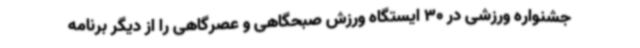
جشنواره ورزشی در 30 ایستگاه ورزش صبحگاهی و عصرگاهی را از دیگر برنامه